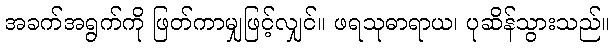
အခက်အရွက်ကို ဖြတ်ကာမျှဖြင့်လျှင်။ ဖရသုဓာရာယ၊ ပုဆိန်သွားသည်။